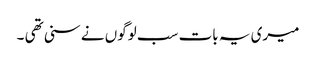
میری یہ بات سب لوگوں نے سنی تھی ۔